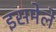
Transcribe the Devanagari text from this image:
इसमेले